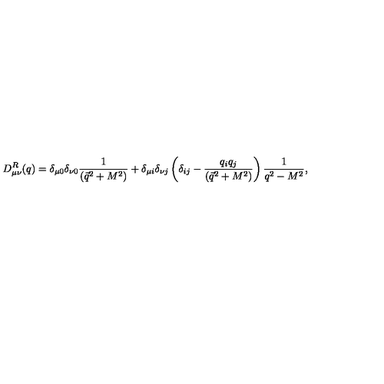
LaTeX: D _ { \mu \nu } ^ { R } ( q ) = \delta _ { \mu 0 } \delta _ { \nu 0 } { \frac { 1 } { ( \vec { q } ^ { 2 } + M ^ { 2 } ) } } + \delta _ { \mu i } \delta _ { \nu j } \left( \delta _ { i j } - { \frac { q _ { i } q _ { j } } { ( \vec { q } ^ { 2 } + M ^ { 2 } ) } } \right) { \frac { 1 } { q ^ { 2 } - M ^ { 2 } } } ,